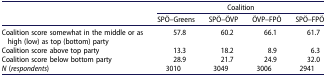
<table><thead><tr><td><b> </b></td><td colspan="4"><b>Coalition</b></td></tr><tr><td><b> </b></td><td><b>SPÖ–Greens</b></td><td><b>SPÖ–ÖVP</b></td><td><b>ÖVP–FPÖ</b></td><td><b>SPÖ–FPÖ</b></td></tr></thead><tbody><tr><td>Coalition score somewhat in the middle or as high (low) as top (bottom) party</td><td>57.8</td><td>60.2</td><td>66.1</td><td>61.7</td></tr><tr><td>Coalition score above top party</td><td>13.3</td><td>18.2</td><td>8.9</td><td>6.3</td></tr><tr><td>Coalition score below bottom party</td><td>28.9</td><td>21.7</td><td>24.9</td><td>32.0</td></tr><tr><td><i>N</i> (<i>respondents</i>)</td><td>3010</td><td>3049</td><td>3006</td><td>2941</td></tr></tbody></table>